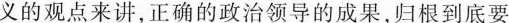
义的观点来讲，正确的政治领导的成果，归根到底要